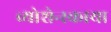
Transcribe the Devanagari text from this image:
व्योशेन्स्काया